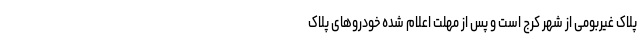
پلاک غیربومی از شهر کرج است و پس از مهلت اعلام شده خودروهای پلاک